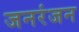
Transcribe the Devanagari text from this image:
जनरंजन